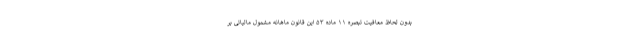
بدون لحاظ معافیت تبصره ۱۱ ماده ۵۳ این قانون ماهانه مشمول مالیاتی بر